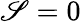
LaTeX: \mathscr{S}=0